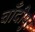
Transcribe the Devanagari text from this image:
चाँदीपुर